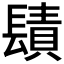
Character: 𨲪